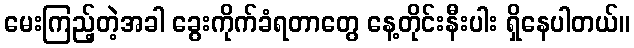
မေးကြည့်တဲ့အခါ ခွေးကိုက်ခံရတာတွေ နေ့တိုင်းနီးပါး ရှိနေပါတယ်။